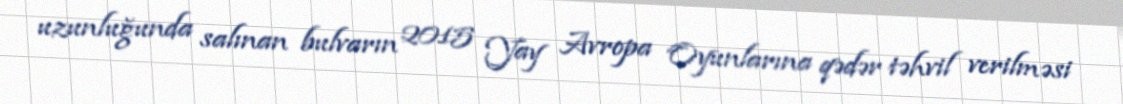
uzunluğunda salınan bulvarın 2015 Yay Avropa Oyunlarına qədər təhvil verilməsi